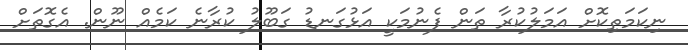
ނިކަމަތިކޮށް އަމަލުކުރާ ތަން ފެނުމަކީ އަޅުގަނޑު ގަބޫލު ކުރާނެ ކަމެއް ނޫން. އެގޮތަށް